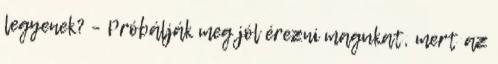
legyenek? – Próbálják meg jól érezni magukat, mert az